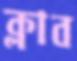
ক্লাব